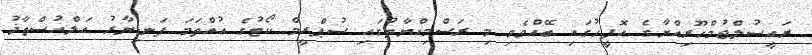
ރައީސުލްޖުމްހޫރިއްޔާގެ އޮފީހުގައި ބޭއްވެވި މި ރަސްމިއްޔާތުގައި ސުޕްރީމް ކޯޓުގެ އުއްތަމަ ފަނޑިޔާރު އަލްއުސްތާޛު